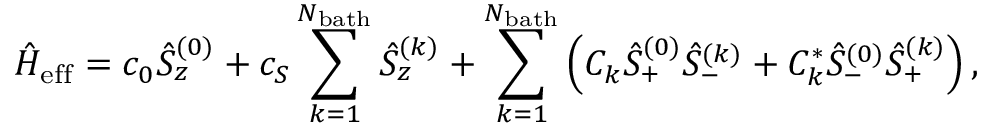
\hat { H } _ { \mathrm { e f f } } = c _ { 0 } \hat { S } _ { z } ^ { ( 0 ) } + c _ { S } \sum _ { k = 1 } ^ { N _ { \mathrm { b a t h } } } \hat { S } _ { z } ^ { ( k ) } + \sum _ { k = 1 } ^ { N _ { \mathrm { b a t h } } } \left( C _ { k } \hat { S } _ { + } ^ { ( 0 ) } \hat { S } _ { - } ^ { ( k ) } + C _ { k } ^ { * } \hat { S } _ { - } ^ { ( 0 ) } \hat { S } _ { + } ^ { ( k ) } \right) ,